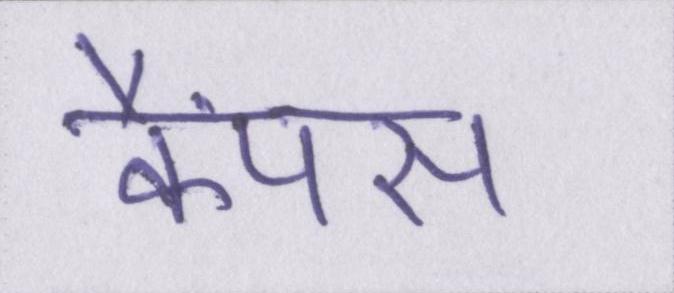
कैंपस